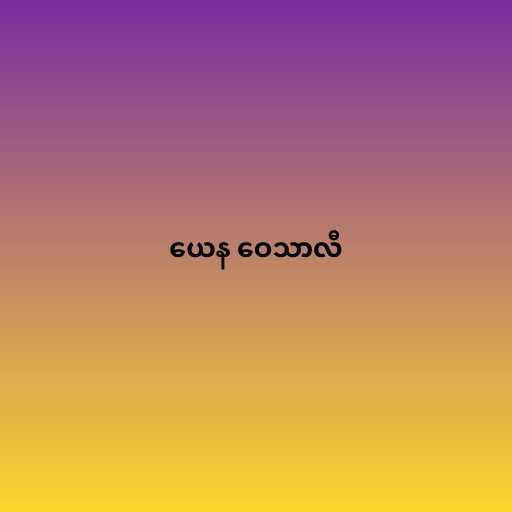
ယေန ဝေသာလီ